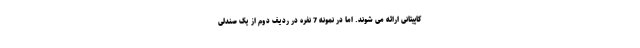
کاپیتانی ارائه می شوند. اما در نمونه 7 نفره در ردیف دوم از یک صندلی